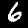
Digit: 6